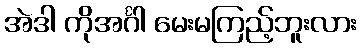
အဲဒါ ကိုအင်္ဂါ မေးမကြည့်ဘူးလား